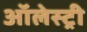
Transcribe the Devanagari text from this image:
ऑलेस्ट्री